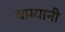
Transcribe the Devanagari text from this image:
धाग्यानी